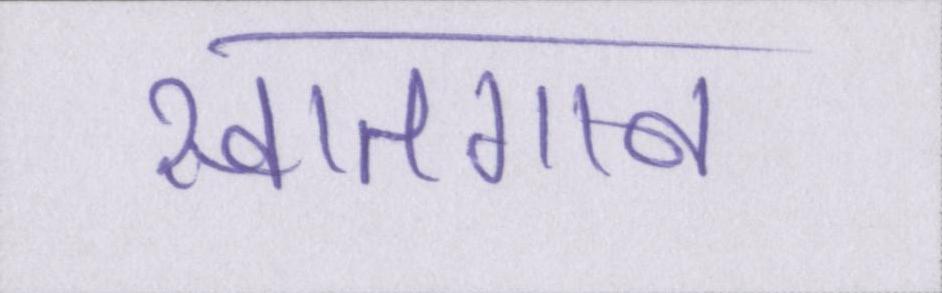
स्वातगान